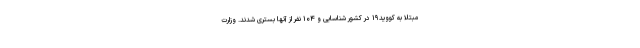
مبتلا به کووید۱۹ در کشور شناسایی و ۱۰۴ نفر از آنها بستری شدند. وزارت